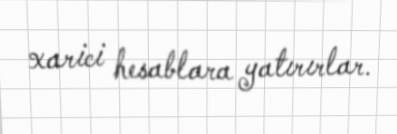
xarici hesablara yatırırlar.